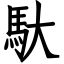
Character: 馱